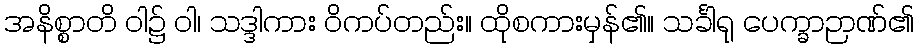
အနိစ္စာတိ ဝါ၌ ဝါ၊ သဒ္ဒါကား ဝိကပ်တည်း။ ထိုစကားမှန်၏။ သင်္ခါရု ပေက္ခာဉာဏ်၏